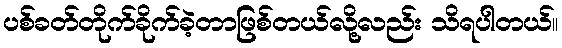
ပစ်ခတ်တိုက်ခိုက်ခဲ့တာဖြစ်တယ်လို့လည်း သိရပါတယ်။